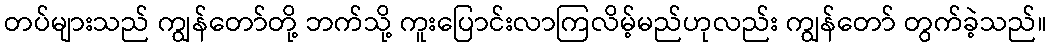
တပ်များသည် ကျွန်တော်တို့ ဘက်သို့ ကူးပြောင်းလာကြလိမ့်မည်ဟုလည်း ကျွန်တော် တွက်ခဲ့သည်။